Report of the Indian Hemp Drugs Commission, 1894-1895 - Volume I
Year: 1894
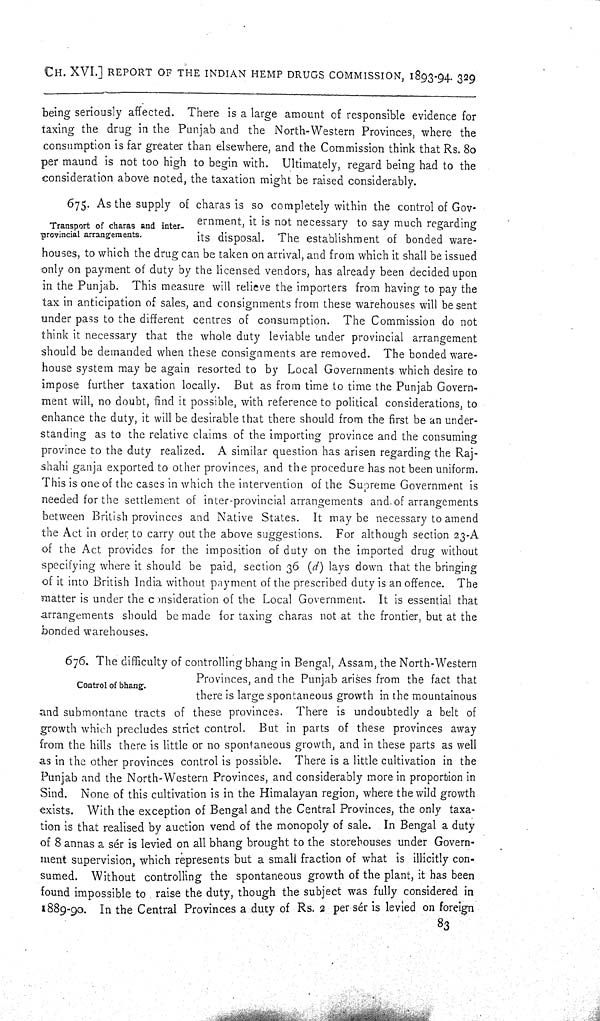
CH. XVI.] REPORT OF THE INDIAN HEMP DRUGS COMMISSION, 1893-94. 329
being seriously affected. There is a large amount of responsible evidence for
taxing the drug in the Punjab and the North-Western Provinces, where the
consumption is far greater than elsewhere, and the Commission think that Rs. 80
per maund is not too high to begin with. Ultimately, regard being had to the
consideration above noted, the taxation might be raised considerably.
Transport of charas and inter-
provincial arrangements.
675. As the supply of charas is so completely within the control of Gov-
ernment, it is not necessary to say much regarding
its disposal. The establishment of bonded ware-
houses, to which the drug can be taken on arrival, and from which it shall be issued
only on payment of duty by the licensed vendors, has already been decided upon
in the Punjab. This measure will relieve the importers from having to pay the
tax in anticipation of sales, and consignments from these warehouses will be sent
under pass to the different centres of consumption. The Commission do not
think it necessary that the whole duty leviable under provincial arrangement
should be demanded when these consignments are removed. The bonded ware-
house system may be again resorted to by Local Governments which desire to
impose further taxation locally. But as from time to time the Punjab Govern-
ment will, no doubt, find it possible, with reference to political considerations, to
enhance the duty, it will be desirable that there should from the first be an under-
standing as to the relative claims of the importing province and the consuming
province to the duty realized. A similar question has arisen regarding the Raj-
shahi ganja exported to other provinces, and the procedure has not been uniform.
This is one of the cases in which the intervention of the Supreme Government is
needed for the settlement of inter-provincial arrangements and of arrangements
between British provinces and Native States. It may be necessary to amend
the Act in order to carry out the above suggestions. For although section 23-A
of the Act provides for the imposition of duty on the imported drug without
specifying where it should be paid, section 36 (d) lays down that the bringing
of it into British India without payment of the prescribed duty is an offence. The
matter is under the consideration of the Local Government. It is essential that
arrangements should be made for taxing charas not at the frontier, but at the
bonded warehouses.
Control of bhang.
676. The difficulty of controlling bhang in Bengal, Assam, the North-Western
Provinces, and the Punjab arises from the fact that
there is large spontaneous growth in the mountainous
and submontane tracts of these provinces. There is undoubtedly a belt of
growth which precludes strict control. But in parts of these provinces away
from the hills there is little or no spontaneous growth, and in these parts as well
as in the other provinces control is possible. There is a little cultivation in the
Punjab and the North-Western Provinces, and considerably more in proportion in
Sind. None of this cultivation is in the Himalayan region, where the wild growth
exists. With the exception of Bengal and the Central Provinces, the only taxa-
tion is that realised by auction vend of the monopoly of sale. In Bengal a duty
of 8 annas a sér is levied on all bhang brought to the storehouses under Govern-
ment supervision, which represents but a small fraction of what is illicitly con-
sumed. Without controlling the spontaneous growth of the plant, it has been
found impossible to raise the duty, though the subject was fully considered in
1889-90. In the Central Provinces a duty of Rs. 2 per sér is levied on foreign
83